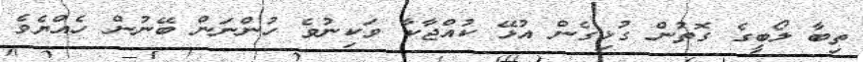
ތިބާ ލޯބީގެ ގޮތުން ގުޅިގެން އުޅޭ ކުއްޖާކާ ވަކިނުވެ ހުންނަން ބޭނުން ހެއްޔެވެ